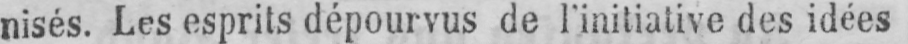
nisés. Les esprits dépourvus de l’initiative des idées